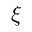
\xi